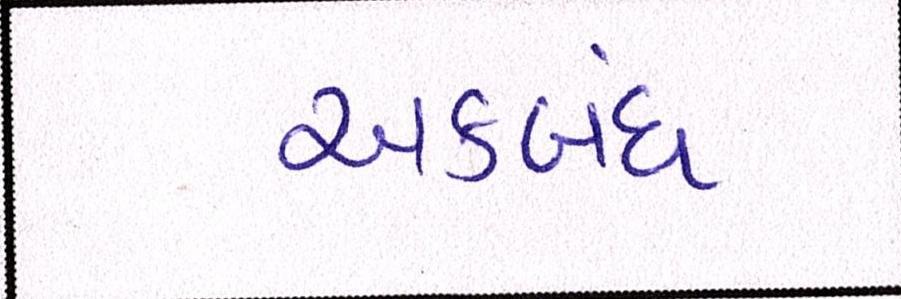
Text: અકબંધ